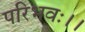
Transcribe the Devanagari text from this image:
परिभवः।।